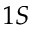
1 S